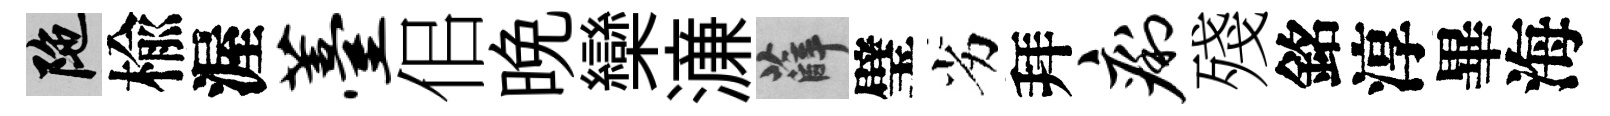
陀楡渥薹佀晚欒濓薛璧劣拜痢殘銘淳畢海